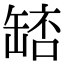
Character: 𮉵